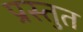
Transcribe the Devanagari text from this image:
प्रस्‍तुत